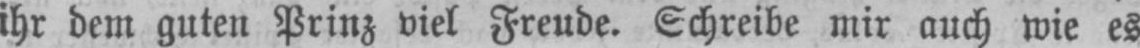
ihr dem guten Prinz viel Freude. Schreibe mir auch wie es